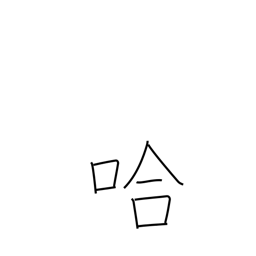
Meaning: school of fish